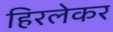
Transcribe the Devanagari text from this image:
हिरलेकर